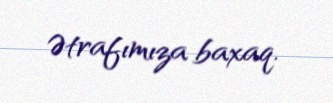
Ətrafımıza baxaq.